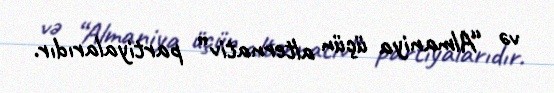
və “Almaniya üçün alternativ” partiyalarıdır.